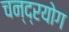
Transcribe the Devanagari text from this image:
चन्द्रयोग